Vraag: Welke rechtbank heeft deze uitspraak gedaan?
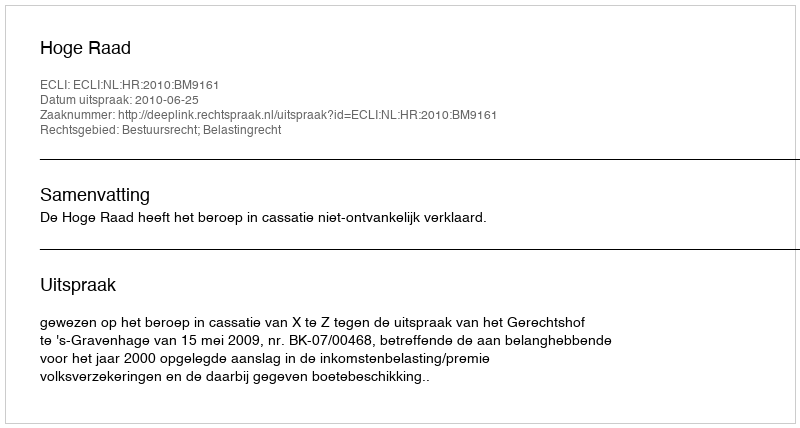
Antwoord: Hoge Raad